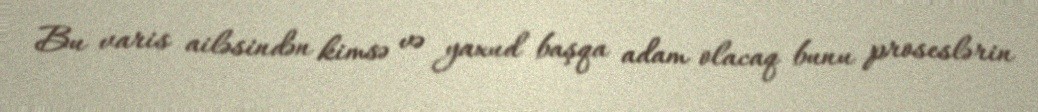
Bu varis ailəsindən kimsə və yaxud başqa adam olacaq bunu proseslərin